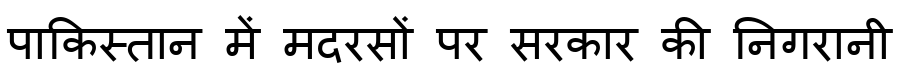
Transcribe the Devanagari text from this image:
पाकिस्तान में मदरसों पर सरकार की निगरानी